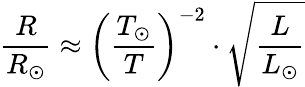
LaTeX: {\frac{R}{R_{\odot}}}\approx\left({\frac{T_{\odot}}{T}}\right)^{-2}\cdot{\sqrt{\frac{L}{L_{\odot}}}}